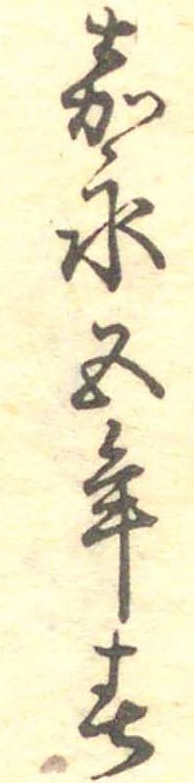
嘉永五年春